65_HS1-834228961_62-HQ-83894_Section_4
Agency: FBI
Page 44
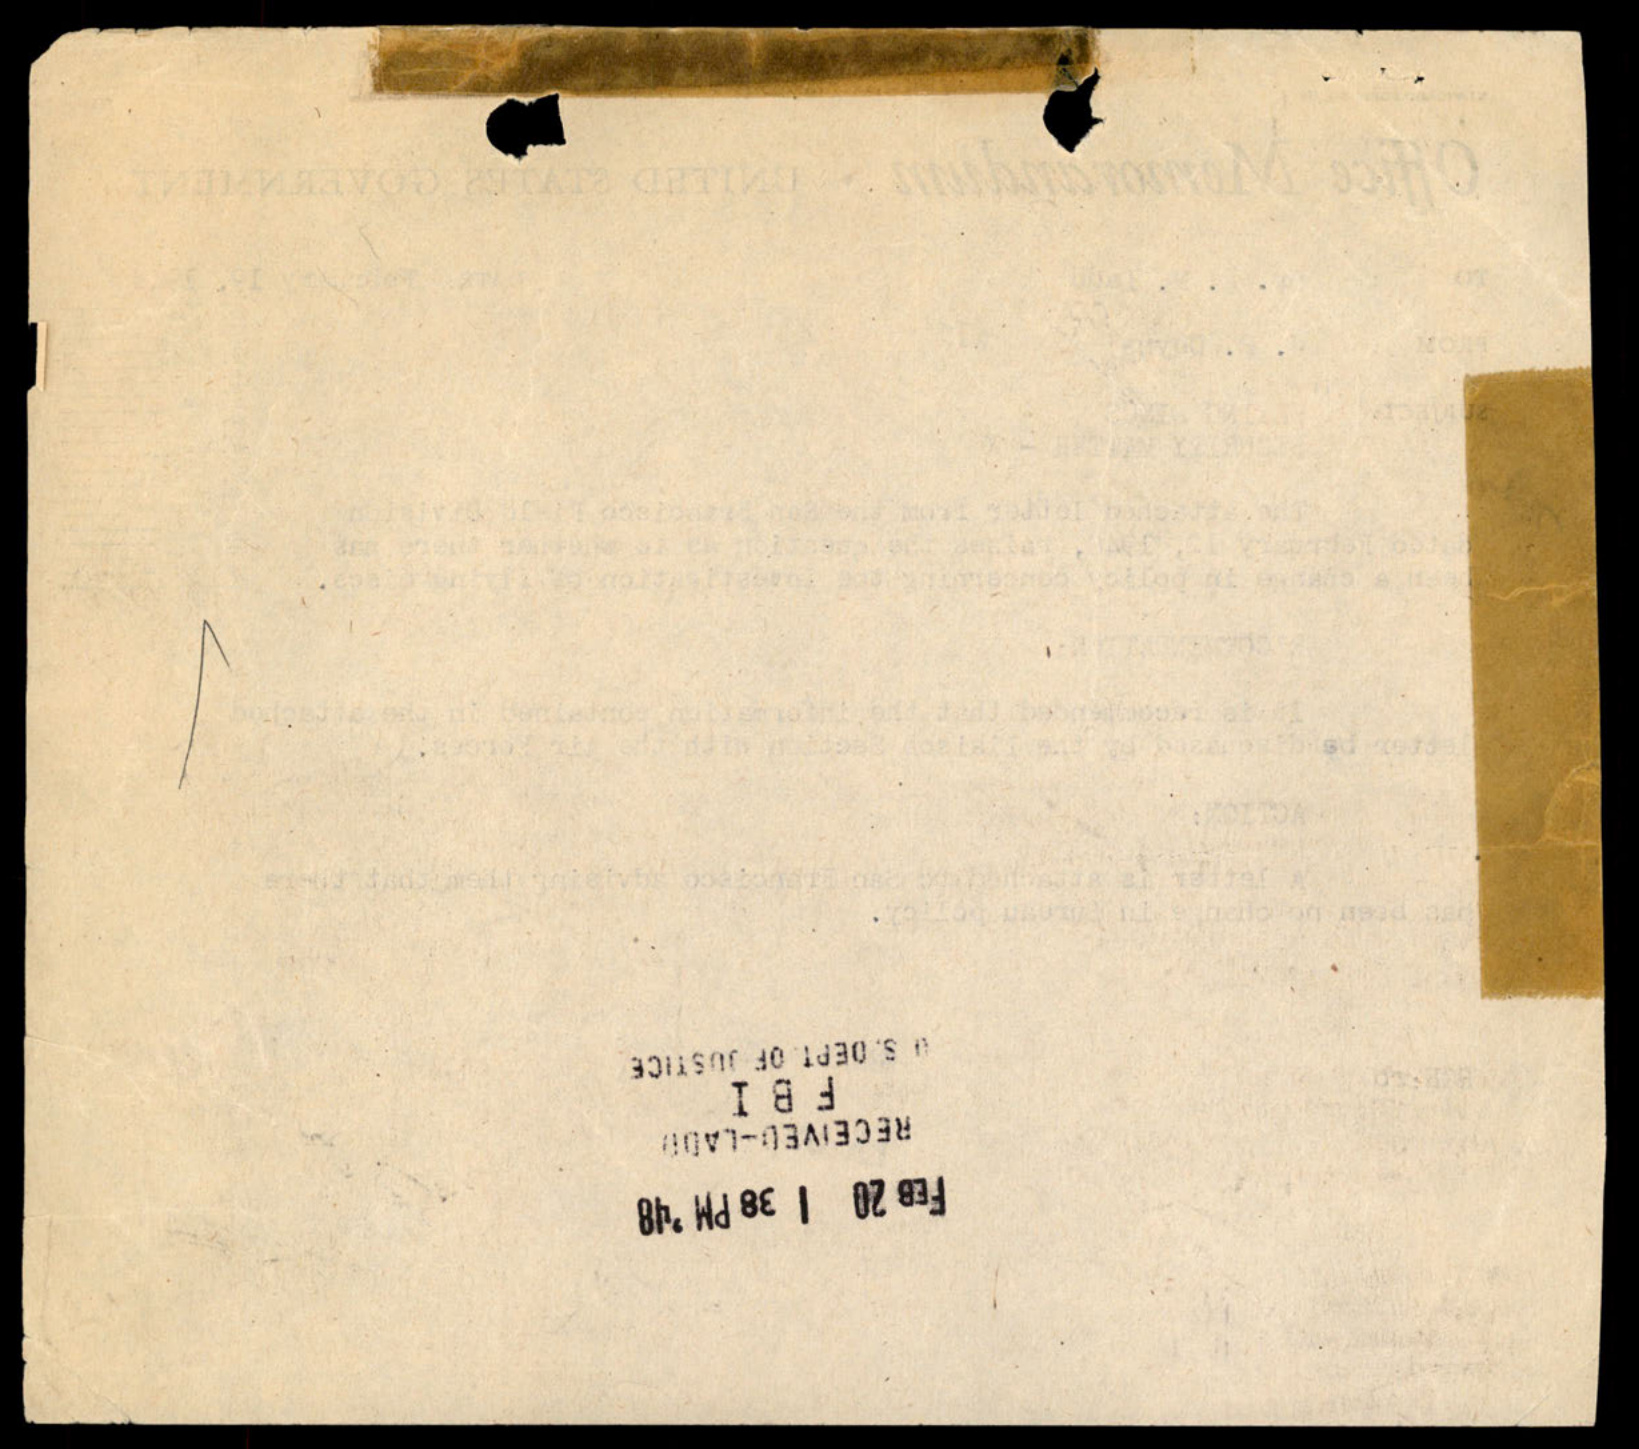